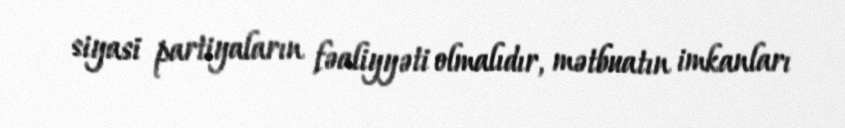
siyasi partiyaların fəaliyyəti olmalıdır, mətbuatın imkanları